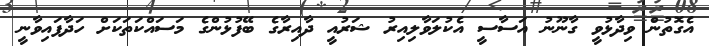
އެގޮތުން ވިދާޅުވީ ގާނޫނު އަސާސީ އެކުލަވާލިއިރު ޝަރުއީ ދާއިރާގެ ބޭފުޅުންގެ މަސައްކަތަކަށް ހަދާފައިވާނީ